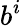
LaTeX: b^{i}